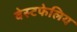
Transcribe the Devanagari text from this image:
वेस्टफेलिय